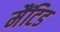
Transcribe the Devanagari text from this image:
मैंटिड